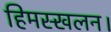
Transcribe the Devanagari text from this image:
हिमस्खलन।